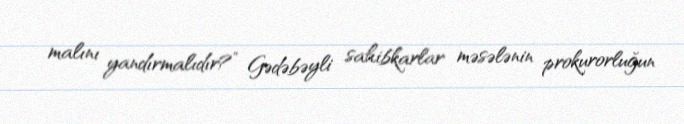
malını yandırmalıdır?” Gədəbəyli sahibkarlar məsələnin prokurorluğun